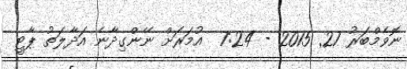
ނޮވެމްބަރު 27